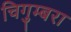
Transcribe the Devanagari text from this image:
चिगुम्बरा